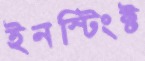
ইনস্টিংক্ট